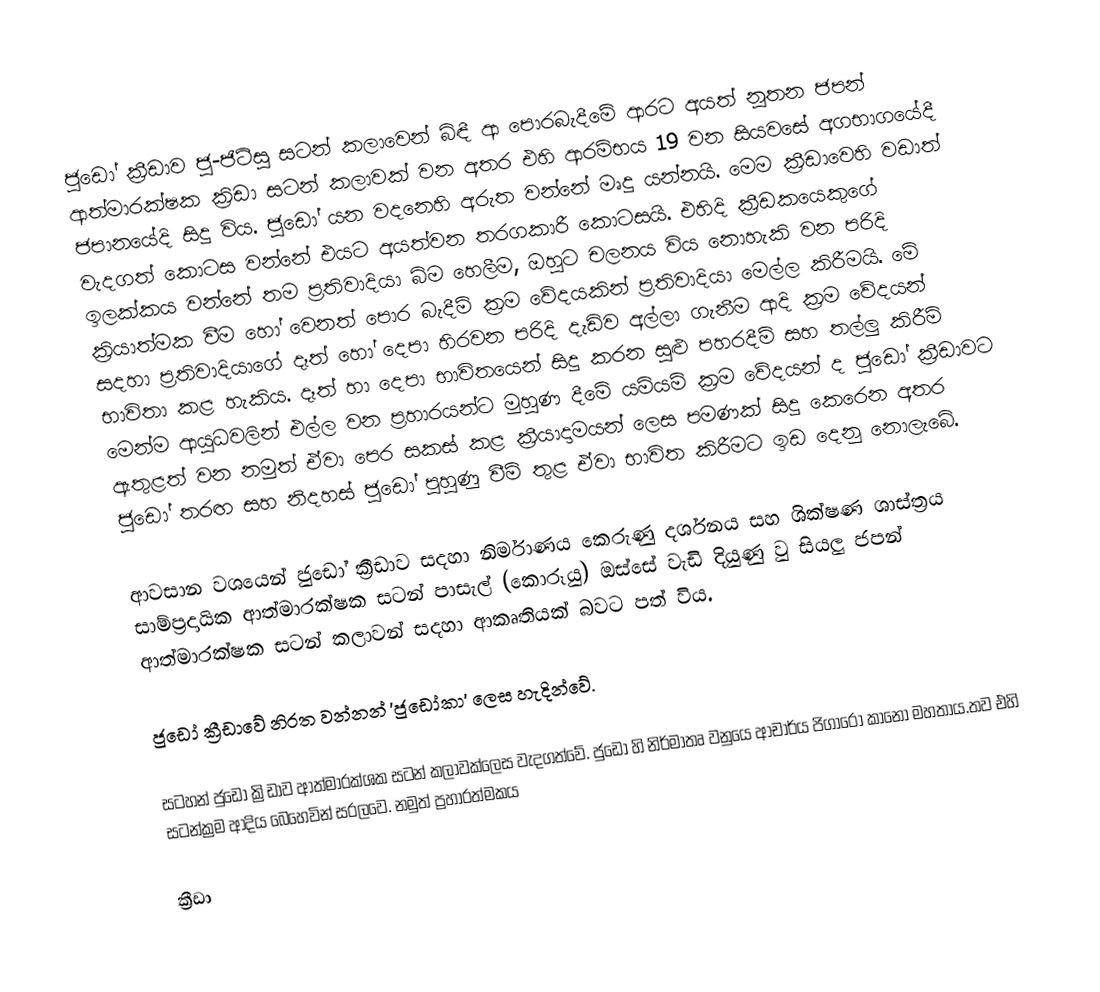
ජුඩෝ ක්‍රීඩාව ජු-ජිට්සු සටන් කලාවෙන් බිඳී ආ පොරබැදීමේ ආරට අයත් නූතන ජපන් ආත්මාරක්ෂක ක්‍රිඩා සටන් කලාවක් වන අතර එහි ආරම්භය 19 වන සියවසේ අගභාගයේදී ජපානයේදි සිදු විය. ජුඩෝ යන වදනෙහි අරුත වන්නේ මෘදු යන්නයි. මෙම ක්‍රීඩාවෙහි වඩාත් වැදගත් කොටස වන්නේ එයට අයත්වන තරගකාරී කොටසයි. එහිදි ක්‍රීඩකයෙකුගේ ඉලක්කය වන්නේ තම ප්‍රතිවාදියා බිම හෙලීම, ඔහුට චලනය විය නොහැකි වන පරිදි ක්‍රියාත්මක වීම හෝ වෙනත් පොර බැදීම් ක්‍රම වේදයකින් ප්‍රතිවාදියා මෙල්ල කිරීමයි. මේ සදහා ප්‍රතිවාදියාගේ දෑත් හෝ දෙපා හිරවන පරිදි දැඩිව අල්ලා ගැනීම ආදි ක්‍රම වේදයන් භාවිතා කළ හැකිය. දෑත් හා දෙපා භාවිතයෙන් සිදු කරන සුළු පහරදීම් සහ තල්ලු කිරීම් මෙන්ම ආයුධවලින් එල්ල වන ප්‍රහාරයන්ට මුහුණ දීමේ යම්යම්  ක්‍රම වේදයන් ද ජුඩෝ ක්‍රීඩාවට ඇතුළත් වන නමුත් ඒවා පෙර සකස් කළ ක්‍රීයාදාමයන් ලෙස පමණක් සිදු කෙරෙන අතර ජුඩෝ තරඟ සහ නිදහස් ජුඩෝ පුහුණු වීම් තුළ ඒවා භාවිත කිරීමට ඉඩ දෙනු නොලැබේ.

ආවසාන වශයෙන් ජුඩෝ ක්‍රීඩාව සදහා නිර්මාණය කෙරුණු දර්ශනය සහ ශික්ෂණ ශාස්ත්‍රය සාම්ප්‍රදායික ආත්මාරක්ෂක සටන් පාසැල් (කොරූයු) ඔස්සේ වැඩි දියුණු වු සියලු ජපන් ආත්මාරක්ෂක සටන් කලාවන් සදහා ආකෘතියක් බවට පත් විය.

ජුඩෝ ක්‍රීඩාවේ නිරත වන්නන් 'ජුඩෝකා' ලෙස හැදින්වේ.

සටහන් ජුඩො ක්‍රිඩාව ආත්මාරක්ශක සටන් කලාවක්ලෙස වැදගත්වේ. ජුඩො හි නිර්මාතෘ වනුයෙ ආචාර්ය ජිගාරො කානො මහතාය.තව එහි සටන්ක්‍රම ආදිය බෙහෙවින් සරලවෙ. නමුත් ප්‍රහාරත්මකය

ක්‍රීඩා